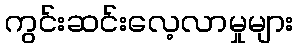
ကွင်းဆင်းလေ့လာမှုများ